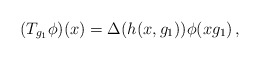
\begin{align*}(T_{g_1}\phi)(x)=\Delta(h(x,g_1))\phi(xg_1)\,,\end{align*}